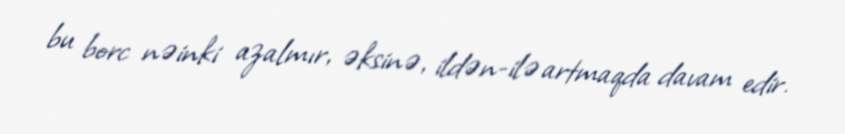
bu borc nəinki azalmır, əksinə, ildən-ilə artmaqda davam edir.